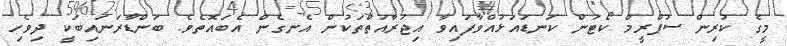
މީގެ ކުރިން ސުޕްރީމް ކޯޓުން ކަނޑައަޅުއްވާފައިވާ އިޖުރާއަތްތަކުން އެނގެން އެބައޮތެވެ. ބަންޑާރަނައިބަކީ ދިވެހި